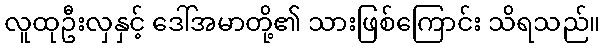
လူထုဦးလှနှင့် ဒေါ်အမာတို့၏ သားဖြစ်ကြောင်း သိရသည်။